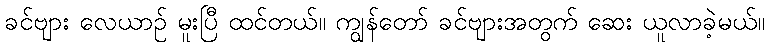
ခင်ဗျား လေယာဉ် မူးပြီ ထင်တယ်။ ကျွန်တော် ခင်ဗျားအတွက် ဆေး ယူလာခဲ့မယ်။